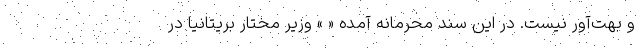
و بهت‌آور نیست. در این سند محرمانه آمده « » وزیر مختار بریتانیا در